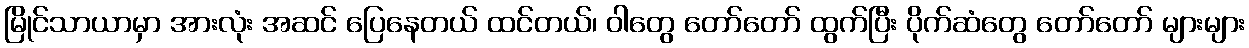
မြိုင်သာယာမှာ အားလုံး အဆင် ပြေနေတယ် ထင်တယ်၊ ဝါတွေ တော်တော် ထွက်ပြီး ပိုက်ဆံတွေ တော်တော် များများ